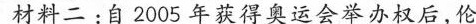
材料二：自2005年获得奥运会举办权后，伦